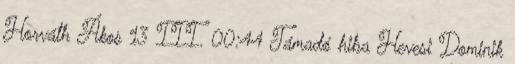
Horváth Ákos 13 III. 00:44 Támadó hiba Hevesi Dominik